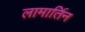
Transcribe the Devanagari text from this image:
लामार्तिन